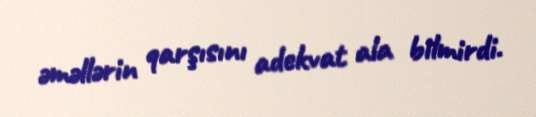
əməllərin qarşısını adekvat ala bilmirdi.